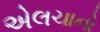
એલચાનો